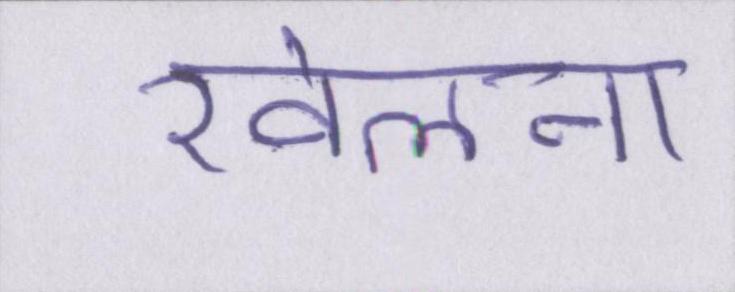
खेलना